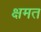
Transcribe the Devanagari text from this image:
क्षमत